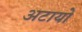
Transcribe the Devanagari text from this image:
अटायो